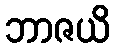
ဘာဇယိ